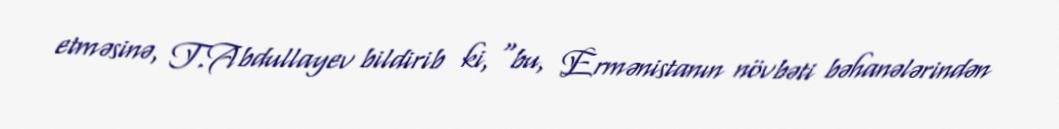
etməsinə, T.Abdullayev bildirib ki, “bu, Ermənistanın növbəti bəhanələrindən